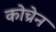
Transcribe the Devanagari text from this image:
कोच्रेन